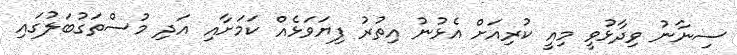
ސިނާނު ވިދާޅުވީ މިއީ ކުރިއަށް އެޅުނު އިތުރު ފިޔަވަޅެއް ކަމަށާއި އަދި މުސްތަގުބަލުގައި